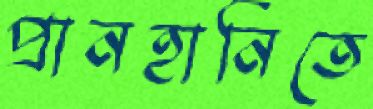
প্রানহানিতে